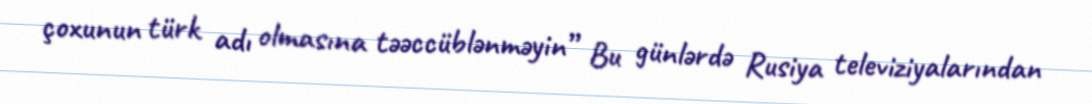
çoxunun türk adı olmasına təəccüblənməyin” Bu günlərdə Rusiya televiziyalarından